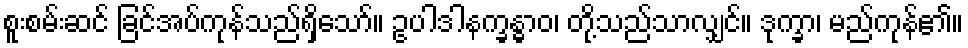
စူးစမ်းဆင် ခြင်အပ်ကုန်သည်ရှိသော်။ ဥပါဒါနက္ခန္ဓာဝ၊ တို့သည်သာလျှင်။ ဒုက္ခာ၊ မည်ကုန်၏။